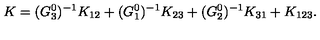
K = ( G _ { 3 } ^ { 0 } ) ^ { - 1 } K _ { 1 2 } + ( G _ { 1 } ^ { 0 } ) ^ { - 1 } K _ { 2 3 } + ( G _ { 2 } ^ { 0 } ) ^ { - 1 } K _ { 3 1 } + K _ { 1 2 3 } .